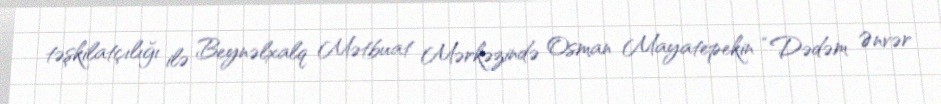
təşkilatçılığı ilə Beynəlxalq Mətbuat Mərkəzində Osman Mayatepekin “Dədəm Ənvər